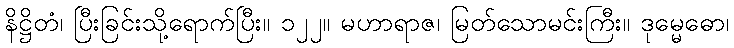
နိဋ္ဌိတံ၊ ပြီးခြင်းသို့ရောက်ပြီး။ ၁၂၂။ မဟာရာဇ၊ မြတ်သောမင်းကြီး။ ဒုမ္မေဓော၊